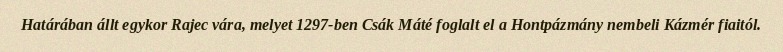
Határában állt egykor Rajec vára, melyet 1297-ben Csák Máté foglalt el a Hontpázmány nembeli Kázmér fiaitól.